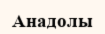
Анадолы